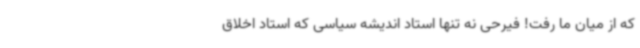
که از میان ما رفت! فیرحی نه تنها استاد اندیشه سیاسی که استاد اخلاق